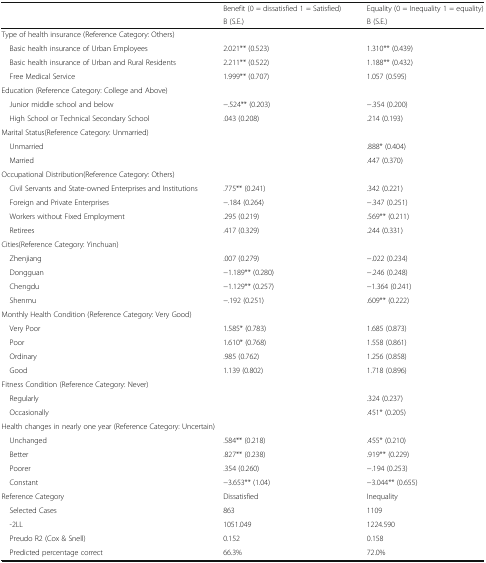
<table><thead><tr><td rowspan="2"></td><td><b>Benefit (0 = dissatisfied 1 = Satisfied)</b></td><td><b>Equality (0 = Inequality 1 = equality)</b></td></tr><tr><td><b>B (S.E.)</b></td><td><b>B (S.E.)</b></td></tr></thead><tbody><tr><td colspan="3">Type of health insurance (Reference Category: Others)</td></tr><tr><td> Basic health insurance of Urban Employees</td><td>2.021** (0.523)</td><td>1.310** (0.439)</td></tr><tr><td> Basic health insurance of Urban and Rural Residents</td><td>2.211** (0.522)</td><td>1.188** (0.432)</td></tr><tr><td> Free Medical Service</td><td>1.999** (0.707)</td><td>1.057 (0.595)</td></tr><tr><td colspan="3">Education (Reference Category: College and Above)</td></tr><tr><td> Junior middle school and below</td><td>−.524** (0.203)</td><td>−.354 (0.200)</td></tr><tr><td> High School or Technical Secondary School</td><td>.043 (0.208)</td><td>.214 (0.193)</td></tr><tr><td colspan="3">Marital Status(Reference Category: Unmarried)</td></tr><tr><td> Unmarried</td><td></td><td>.888* (0.404)</td></tr><tr><td> Married</td><td></td><td>.447 (0.370)</td></tr><tr><td colspan="3">Occupational Distribution(Reference Category: Others)</td></tr><tr><td> Civil Servants and State-owned Enterprises and Institutions</td><td>.775** (0.241)</td><td>.342 (0.221)</td></tr><tr><td> Foreign and Private Enterprises</td><td>−.184 (0.264)</td><td>−.347 (0.251)</td></tr><tr><td> Workers without Fixed Employment</td><td>.295 (0.219)</td><td>.569** (0.211)</td></tr><tr><td> Retirees</td><td>.417 (0.329)</td><td>.244 (0.331)</td></tr><tr><td colspan="3">Cities(Reference Category: Yinchuan)</td></tr><tr><td> Zhenjiang</td><td>.007 (0.279)</td><td>−.022 (0.234)</td></tr><tr><td> Dongguan</td><td>−1.189** (0.280)</td><td>−.246 (0.248)</td></tr><tr><td> Chengdu</td><td>−1.129** (0.257)</td><td>−1.364 (0.241)</td></tr><tr><td> Shenmu</td><td>−.192 (0.251)</td><td>.609** (0.222)</td></tr><tr><td colspan="3">Monthly Health Condition (Reference Category: Very Good)</td></tr><tr><td> Very Poor</td><td>1.585* (0.783)</td><td>1.685 (0.873)</td></tr><tr><td> Poor</td><td>1.610* (0.768)</td><td>1.558 (0.861)</td></tr><tr><td> Ordinary</td><td>.985 (0.762)</td><td>1.256 (0.858)</td></tr><tr><td> Good</td><td>1.139 (0.802)</td><td>1.718 (0.896)</td></tr><tr><td colspan="3">Fitness Condition (Reference Category: Never)</td></tr><tr><td> Regularly</td><td></td><td>.324 (0.237)</td></tr><tr><td> Occasionally</td><td></td><td>.451* (0.205)</td></tr><tr><td colspan="3">Health changes in nearly one year (Reference Category: Uncertain)</td></tr><tr><td> Unchanged</td><td>.584** (0.218)</td><td>.455* (0.210)</td></tr><tr><td> Better</td><td>.827** (0.238)</td><td>.919** (0.229)</td></tr><tr><td> Poorer</td><td>.354 (0.260)</td><td>−.194 (0.253)</td></tr><tr><td> Constant</td><td>−3.653** (1.04)</td><td>−3.044** (0.655)</td></tr><tr><td>Reference Category</td><td>Dissatisfied</td><td>Inequality</td></tr><tr><td> Selected Cases</td><td>863</td><td>1109</td></tr><tr><td> -2LL</td><td>1051.049</td><td>1224.590</td></tr><tr><td> Preudo R2 (Cox &amp; Snell)</td><td>0.152</td><td>0.158</td></tr><tr><td> Predicted percentage correct</td><td>66.3%</td><td>72.0%</td></tr></tbody></table>